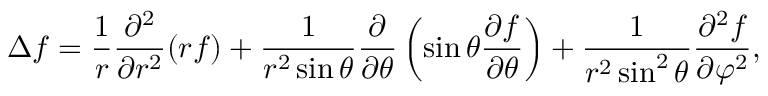
\Delta f = { \frac { 1 } { r } } { \frac { \partial ^ { 2 } } { \partial r ^ { 2 } } } ( r f ) + { \frac { 1 } { r ^ { 2 } \sin \theta } } { \frac { \partial } { \partial \theta } } \left( \sin \theta { \frac { \partial f } { \partial \theta } } \right) + { \frac { 1 } { r ^ { 2 } \sin ^ { 2 } \theta } } { \frac { \partial ^ { 2 } f } { \partial \varphi ^ { 2 } } } ,